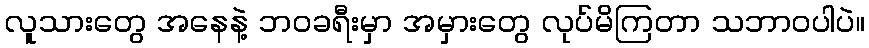
လူသားတွေ အနေနဲ့ ဘဝခရီးမှာ အမှားတွေ လုပ်မိကြတာ သဘာဝပါပဲ။